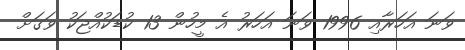
ވަނަ އަހަރާއި 1996 ވަނަ އަހަރު އެ މީހުން 13 ކުޑަކުއްޖަކު ވަގަށް